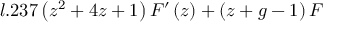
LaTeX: l . 2 3 7 \left( z ^ { 2 } + 4 z + 1 \right) F ^ { \prime } \left( z \right) + \left( z + g - 1 \right) F